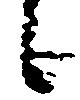
候